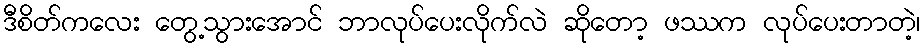
ဒီစိတ်ကလေး တွေ့သွားအောင် ဘာလုပ်ပေးလိုက်လဲ ဆိုတော့ ဖဿက လုပ်ပေးတာတဲ့၊